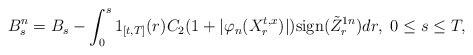
\begin{align*}B^n_s= B_s- \int_0^s 1_{[t,T]}(r)C_2(1+|\varphi_n(X_r^{t,x})|)\mbox{sign}(\tilde{Z}_r^{1n})dr,\,\, 0\leq s\leq T,\end{align*}